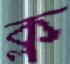
ক্ল